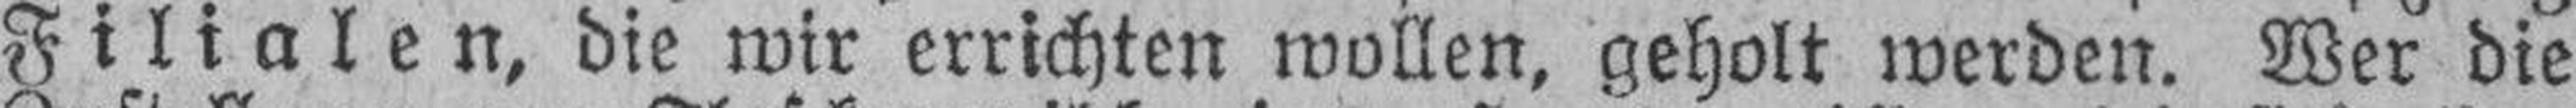
Filialen, die wir errichten wollen, geholt werden. Wer die